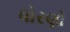
ધોરણો